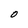
Character: O